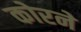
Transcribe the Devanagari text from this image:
कोरने